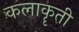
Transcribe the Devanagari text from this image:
कलाकॄती